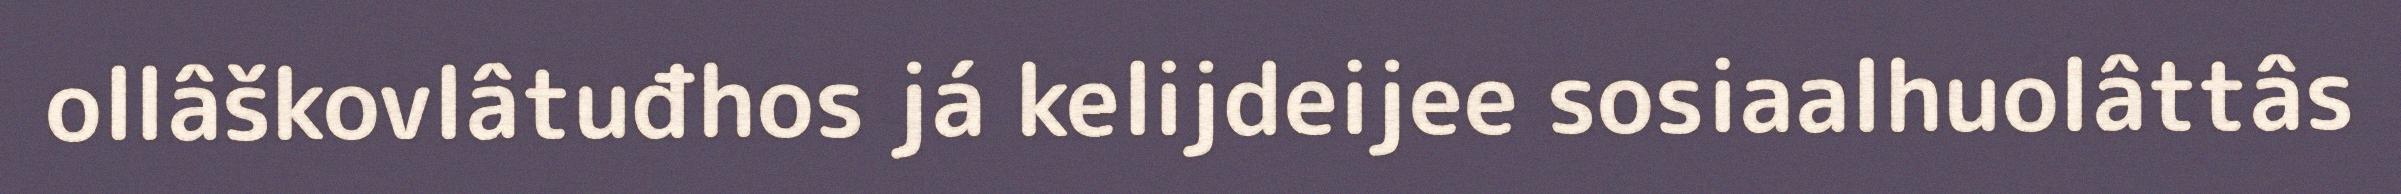
ollâškovlâtuđhos já kelijdeijee sosiaalhuolâttâs